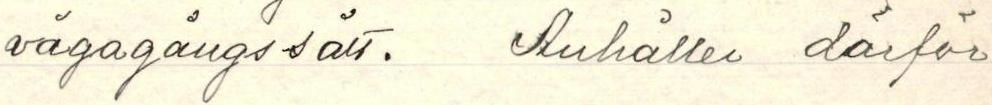
vägagångssätt. Anhåller dårför